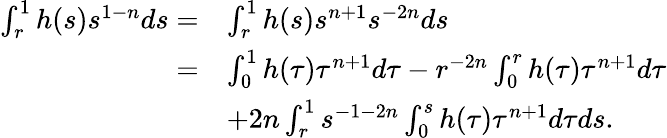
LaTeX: \begin{array}{rl}{\int_{r}^{1}h(s)s^{1-n}ds=}&{\int_{r}^{1}h(s)s^{n+1}s^{-2n}ds}\\ {=}&{\int_{0}^{1}h(\tau)\tau^{n+1}d\tau-r^{-2n}\int_{0}^{r}h(\tau)\tau^{n+1}d\tau}\\ &{+2n\int_{r}^{1}s^{-1-2n}\int_{0}^{{s}}h(\tau)\tau^{n+1}d\tau ds.}\end{array}